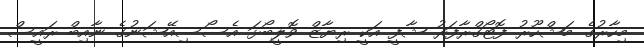
މިހާރުގެ މަޝްހޫރު ފޮޓޯގްރާފަރު ޝާފީ އަކީ ރިޔާޒް ވޮލީބޯޅަ އެސޯސިއޭޝަނުގެ ނާއިބް ރައީސް